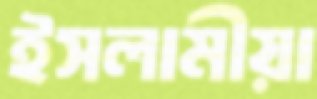
ইসলামীয়া